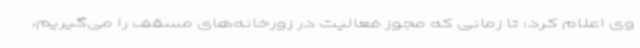
وی اعلام کرد: تا زمانی که مجوز فعالیت در زورخانه‌های مسقف را می‌گیریم،